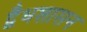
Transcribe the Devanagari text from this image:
द्वैधशासन